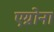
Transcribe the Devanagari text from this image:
एग्नोना